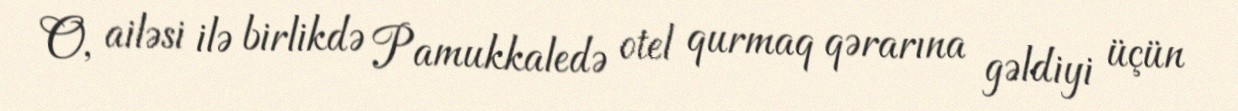
O, ailəsi ilə birlikdə Pamukkaledə otel qurmaq qərarına gəldiyi üçün